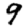
Digit: 9